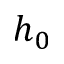
h _ { 0 }